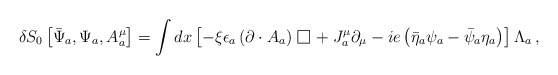
\begin{align*}\delta S_{0} \left[ \bar{\Psi}_a , \Psi_a, A^\mu_a \right] = \int dx \left[ - \xi \epsilon_a \left(\partial \cdot A_a \right) {\,\lower 1.0pt\vbox{\hrule \hbox{\vrule height 0.3 cm \hskip 0.28 cm \vrule height 0.3 cm}\hrule}\,} + J_{a}^{\mu} \partial_{\mu} - ie \left(\bar{\eta}_a \psi_a -\bar{\psi}_a \eta_a \right) \right] \Lambda_a \, ,\end{align*}